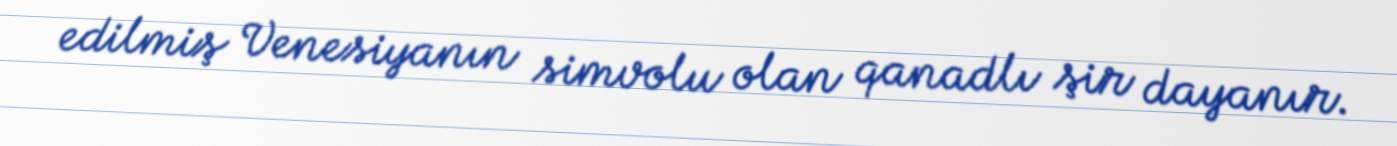
edilmiş Venesiyanın simvolu olan qanadlı şir dayanır.